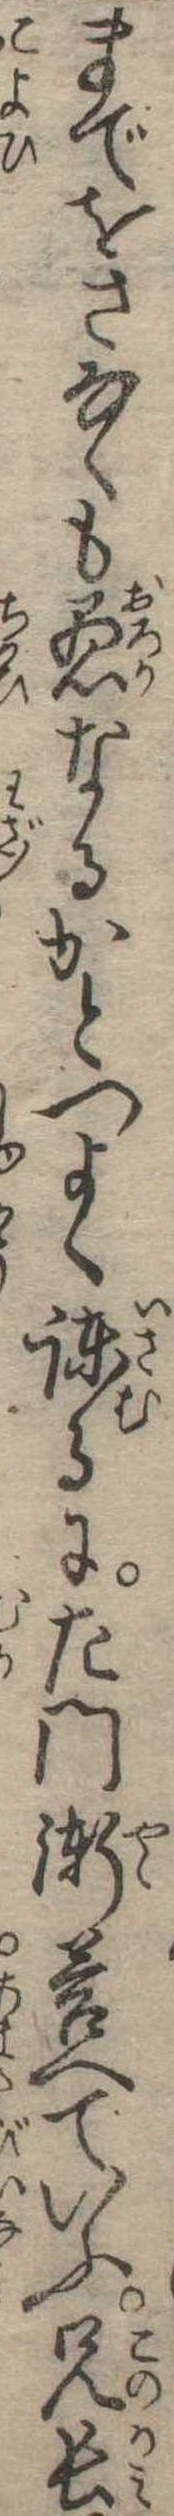
までをさなくも愚なるかとつよく諌るに左門漸答へていふ兄長